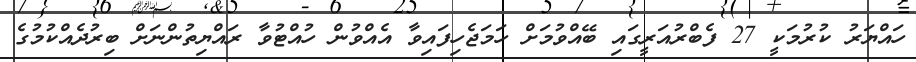
ހައްޔަރު ކުރުމަކީ 27 ފެބްރުއަރީގައި ބޭއްވުމަށް ހަމަޖެހިފައިވާ އެއްވުން ހުއްޓުވާ ރައްޔިތުންނަށް ބިރުދެއްކުމުގެ